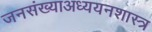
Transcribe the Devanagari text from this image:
जनसंख्याअध्ययनशास्त्र